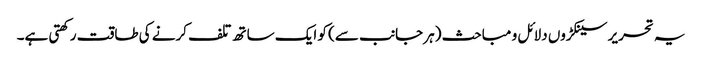
یہ تحریر سینکڑوں دلائل و مباحث (ہر جانب سے) کو ایک ساتھ تلف کرنے کی طاقت رکھتی ہے۔